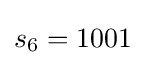
s_{6}=1001